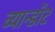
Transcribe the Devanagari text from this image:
व्यान्डॉट